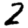
Digit: 2